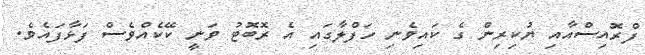
ފްރޮއިސްއާއި ޔުކިރިން ގެ ކައިވެނި ހަފްލާގައި އެ ރޮބޮޓު ވަނީ ކޭކެއްވެސް ފަޅާފައެވެ.